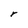
Character: r